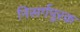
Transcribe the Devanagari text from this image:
निसर्गपूरक